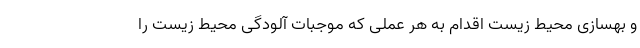
و بهسازی محیط زیست اقدام به هر عملی که موجبات آلودگی محیط زیست را